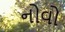
નોવો